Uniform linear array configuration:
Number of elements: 16
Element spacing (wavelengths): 0.75
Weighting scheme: blackman
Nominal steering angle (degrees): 60
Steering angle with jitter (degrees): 59.871
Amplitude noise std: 0.05
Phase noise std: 0.05

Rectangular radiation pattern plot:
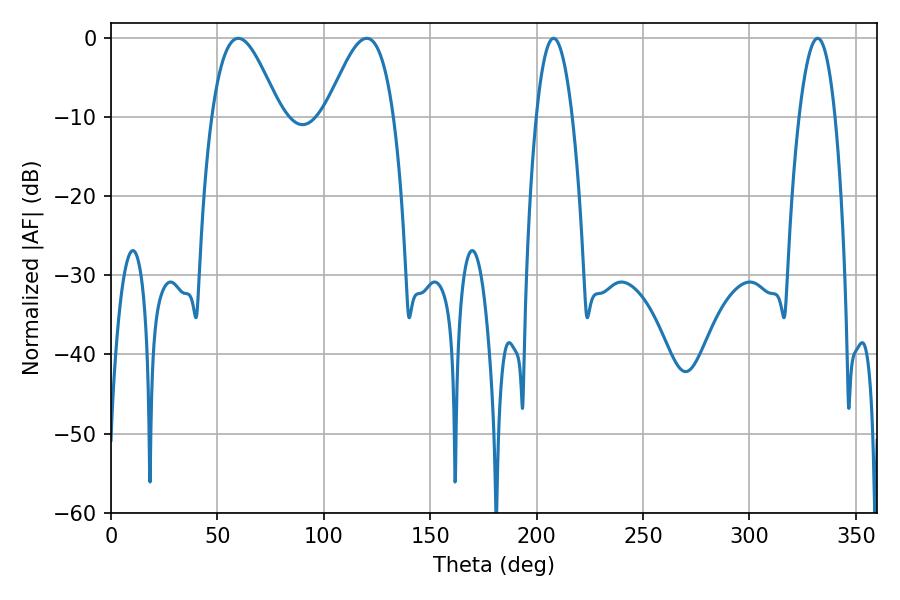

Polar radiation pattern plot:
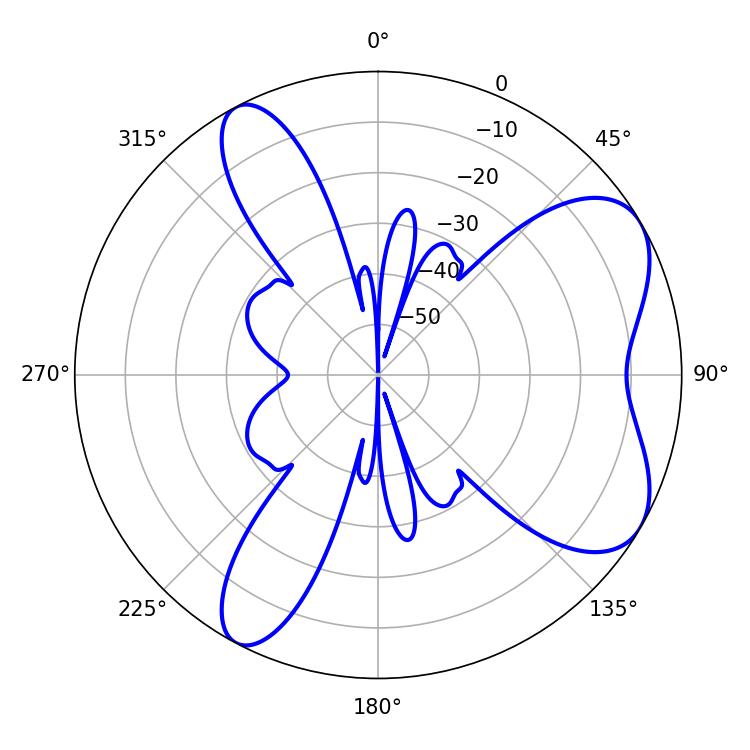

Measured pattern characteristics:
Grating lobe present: TRUE
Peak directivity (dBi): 6.64
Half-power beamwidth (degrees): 17.28
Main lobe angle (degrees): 59.76